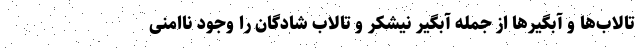
تالاب‌ها و آبگیرها از جمله آبگیر نیشکر و تالاب شادگان را وجود ناامنی